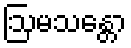
ဩမသန္တော